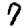
Digit: 7